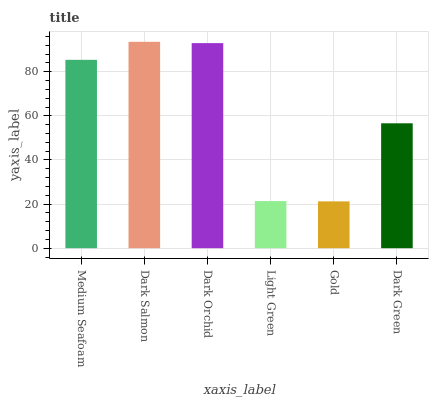
| xaxis_label | bars |
 | --- | --- |
 | Medium Seafoam | 85.4 |
 | Dark Salmon | 93.6 |
 | Dark Orchid | 93 |
 | Light Green | 21.4 |
 | Gold | 21.2 |
 | Dark Green | 56.6 |